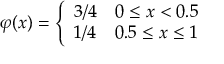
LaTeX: \varphi ( x ) = { \left\{ \begin{array} { l l } { 3 / 4 } & { 0 \leq x < 0 . 5 } \\ { 1 / 4 } & { 0 . 5 \leq x \leq 1 } \end{array} \right. }